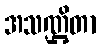
အသဏ္ဌိတာ